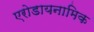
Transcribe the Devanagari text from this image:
एरोडायनामिक